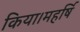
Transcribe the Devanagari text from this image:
किया।महर्षि